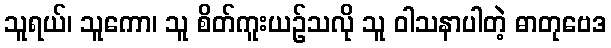
သူရယ်၊ သူကော၊ သူ စိတ်ကူးယဉ်သလို သူ ဝါသနာပါတဲ့ ဓာတုဗေဒ